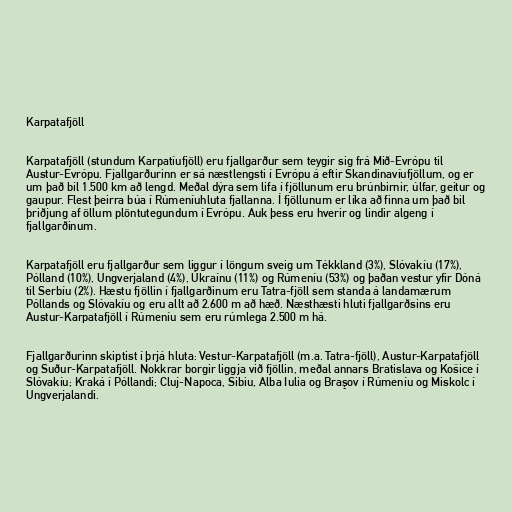
Karpatafjöll

Karpatafjöll (stundum Karpatíufjöll) eru fjallgarður sem teygir sig frá Mið-Evrópu til
Austur-Evrópu. Fjallgarðurinn er sá næstlengsti í Evrópu á eftir Skandinavíufjöllum, og er
um það bil 1.500 km að lengd. Meðal dýra sem lifa í fjöllunum eru brúnbirnir, úlfar, geitur og
gaupur. Flest þeirra búa í Rúmeníuhluta fjallanna. Í fjöllunum er líka að finna um það bil
þriðjung af öllum plöntutegundum í Evrópu. Auk þess eru hverir og lindir algeng í
fjallgarðinum.

Karpatafjöll eru fjallgarður sem liggur í löngum sveig um Tékkland (3%), Slóvakíu (17%),
Pólland (10%), Ungverjaland (4%), Úkraínu (11%) og Rúmeníu (53%) og þaðan vestur yfir Dóná
til Serbíu (2%). Hæstu fjöllin í fjallgarðinum eru Tatra-fjöll sem standa á landamærum
Póllands og Slóvakíu og eru allt að 2.600 m að hæð. Næsthæsti hluti fjallgarðsins eru
Austur-Karpatafjöll í Rúmeníu sem eru rúmlega 2.500 m há.

Fjallgarðurinn skiptist í þrjá hluta: Vestur-Karpatafjöll (m.a. Tatra-fjöll), Austur-Karpatafjöll
og Suður-Karpatafjöll. Nokkrar borgir liggja við fjöllin, meðal annars Bratislava og Košice í
Slóvakíu; Kraká í Póllandi; Cluj-Napoca, Sibiu, Alba Iulia og Braşov í Rúmeníu og Miskolc í
Ungverjalandi.